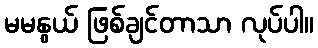
မမနွယ် ဖြစ်ချင်တာသာ လုပ်ပါ။